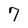
Character: 7